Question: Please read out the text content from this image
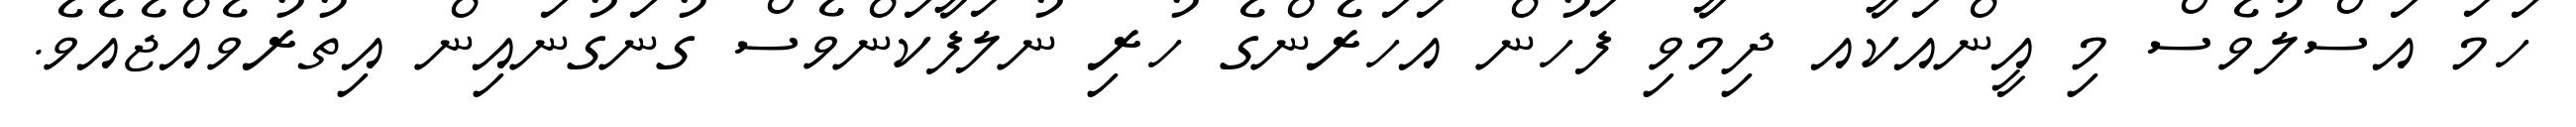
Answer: ހަމަ އަސްލުވެސް މި އީންއަކާއ ދިމާވި ފަހުން އަހަރެންގެ ހުރި ނުލަފާކަންވެސް ގުނަގުނައިން އިތުރުވެއްޖެއެވެ.